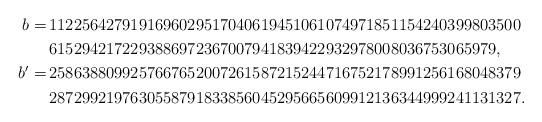
LaTeX: \begin{align*}b=&\,1122564279191696029517040619451061074971851154240399803500\\&\,6152942172293886972367007941839422932978008036753065979,\\b'=&\,2586388099257667652007261587215244716752178991256168048379\\&\,2872992197630558791833856045295665609912136344999241131327.\end{align*}